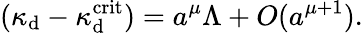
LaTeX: (\kappa_{\mathrm{d}}-\kappa_{\mathrm{d}}^{\mathrm{{crit}}})=a^{\mu}\Lambda+O(a^{\mu+1}).